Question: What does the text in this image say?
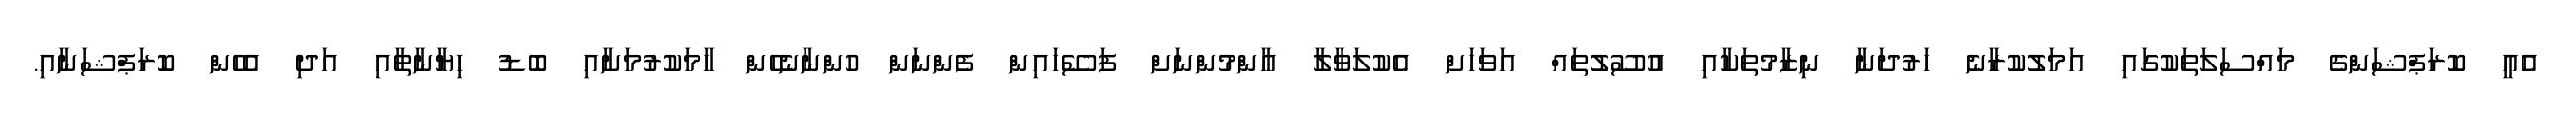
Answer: އެއީ ކޮރަޕްޝަންގެ މައްސަލަތަކުގައި އަމަލުކުރާނެ ހަރުދަނާ ނިޒާމުތަކާއި އުސޫލުތައް އަވަހަށް އެކުލަވާލާ އާންމުންނަށް ފަސޭހައިން ފެންނަން ހުންނާނެހެން ހާމަކުރުމަށާއި ބޮޑު ހިޔާނާތާއި އަދި އެހެން ކޮރަޕްޝަނާއި.